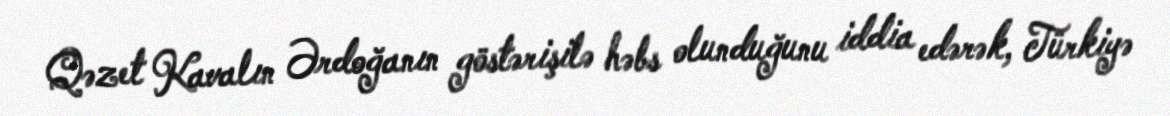
Qəzet Kavalın Ərdoğanın göstərişilə həbs olunduğunu iddia edərək, Türkiyə